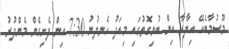
މޫސުމާބެހޭ އިދާރާ އިން ބުނިގޮތުގައި މިއަދު ހެނދުނު 7:30 އިން ފެށިގެން މެންދުރު